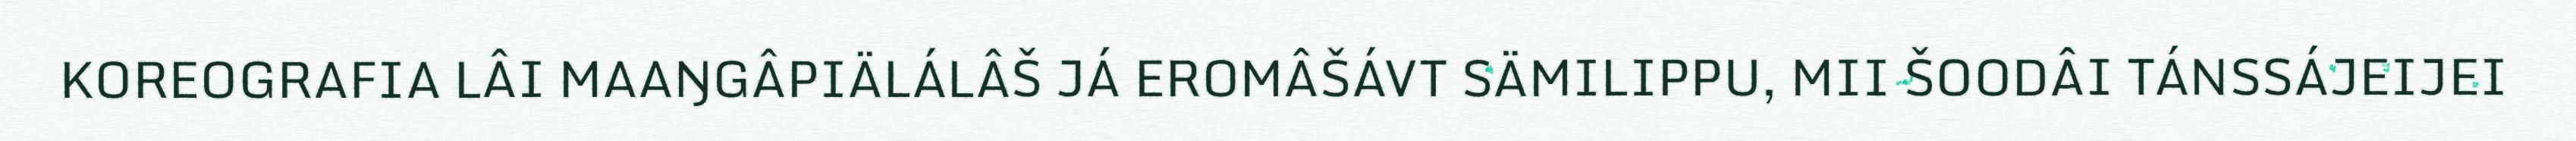
KOREOGRAFIA LÂI MAAŊGÂPIÄLÁLÂŠ JÁ EROMÂŠÁVT SÄMILIPPU, MII ŠOODÂI TÁNSSÁJEIJEI